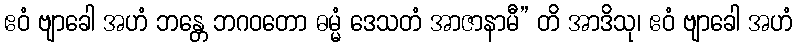
ဧဝံ ဗျာခေါ အဟံ ဘန္တေ ဘဂဝတော ဓမ္မံ ဒေသတံ အာဇာနာမီ” တိ အာဒိသု၊ ဧဝံ ဗျာခေါ အဟံ